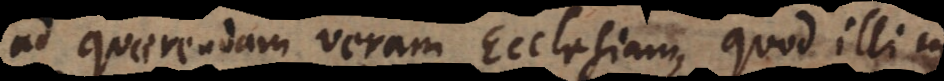
ad quaerendam veram Ecclesiam, quod illi in